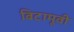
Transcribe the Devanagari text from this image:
बिटामूवी